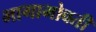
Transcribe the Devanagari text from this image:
भागाभोवती